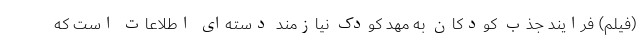
(فیلم) فرایند جذب کودکان به مهد کودک نیازمند دسته‌ای اطلاعات است که